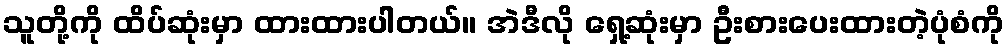
သူတို့ကို ထိပ်ဆုံးမှာ ထားထားပါတယ်။ အဲဒီလို ရှေ့ဆုံးမှာ ဦးစားပေးထားတဲ့ပုံစံကို